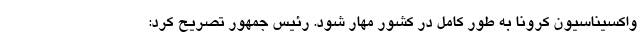
واکسیناسیون کرونا به طور کامل در کشور مهار شود. رئیس جمهور تصریح کرد: